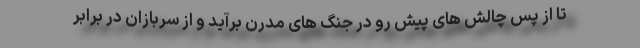
تا از پس چالش های پیش رو در جنگ های مدرن برآید و از سربازان در برابر